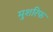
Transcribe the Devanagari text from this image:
मुशरिफ